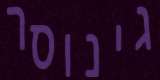
גינוסר